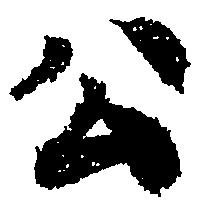
公